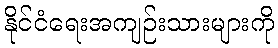
နိုင်ငံရေးအကျဉ်းသားများကို